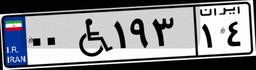
۰۰W۱۹۳۱۴